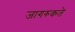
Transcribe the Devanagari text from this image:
जागरुकते